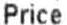
PRICE